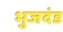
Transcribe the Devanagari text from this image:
भुजदंड